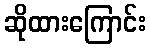
ဆိုထားကြောင်း